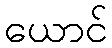
ယောင်